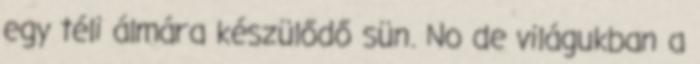
egy téli álmára készülődő sün. No de világukban a